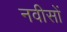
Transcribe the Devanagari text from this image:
नवीसों